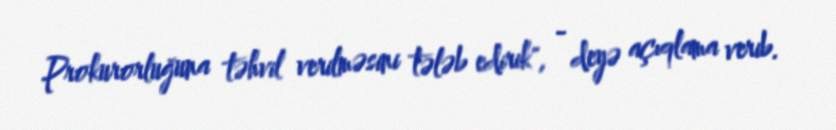
Prokurorluğuna təhvil verilməsini tələb edirik", - deyə açıqlama verib.